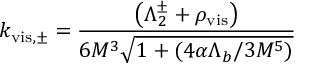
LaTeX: k _ { \mathrm { v i s , \pm } } = { \frac { \left( \Lambda _ { 2 } ^ { \pm } + \rho _ { \mathrm { v i s } } \right) } { 6 M ^ { 3 } \sqrt { 1 + ( { 4 \alpha \Lambda _ { b } } / { 3 M ^ { 5 } } ) } } }